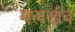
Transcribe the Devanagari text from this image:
मलखंब